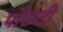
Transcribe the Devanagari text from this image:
पोंछती